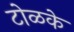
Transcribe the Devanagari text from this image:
टोळके